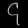
Digit: ၄